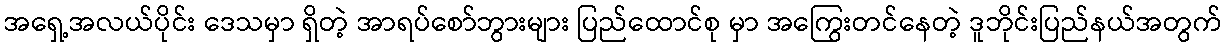
အရှေ့အလယ်ပိုင်း ဒေသမှာ ရှိတဲ့ အာရပ်စော်ဘွားများ ပြည်ထောင်စု မှာ အကြွေးတင်နေတဲ့ ဒူဘိုင်းပြည်နယ်အတွက်